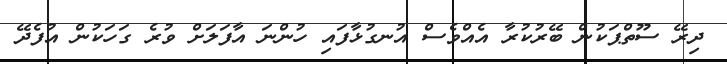
ދިރޭ ސޫތްޕަކުން ބޭރުކުރާ އެއްވެސް އުނގުޅާފައި ހުންނަ އާފަލަށް ވުރެ ގަހަކުން އުފެދޭ